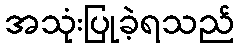
အသုံးပြုခဲ့ရသည်